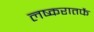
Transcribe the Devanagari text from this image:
लष्करातर्फे